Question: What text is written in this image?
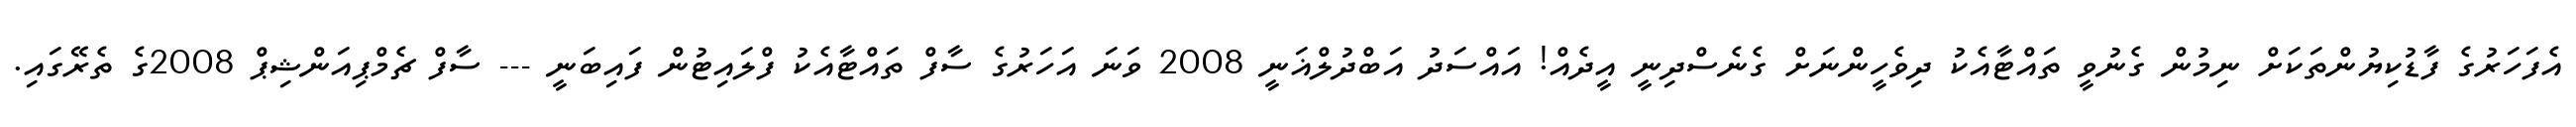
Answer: އެފަހަރުގެ ފާޑުކިޔުންތަކަށް ނިމުން ގެނުވީ ތައްޓާއެކު ދިވެހީންނަށް ގެނެސްދިނީ އީދެއް! އައްސަދު އަބްދުލްޣަނީ 2008 ވަނަ އަހަރުގެ ސާފް ތައްޓާއެކު ފްލައިޓުން ފައިބަނީ --- ސާފް ޗެމްޕިއަންޝިޕް 2008ގެ ތެރޭގައި.